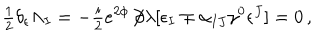
LaTeX: { \textstyle \frac { 1 } { 2 } } \delta _ { \epsilon } \Lambda _ { I } = - { \textstyle \frac { i } { 2 } } e ^ { 2 \phi } \! \not \! \partial \lambda [ \epsilon _ { I } \mp \alpha _ { I J } \gamma ^ { 0 } \epsilon ^ { J } ] = 0 \, ,